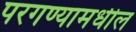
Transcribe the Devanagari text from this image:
परगण्यामधील